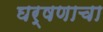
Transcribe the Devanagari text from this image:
घर्षणाचा